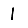
Digit: 1